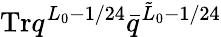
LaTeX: \mathrm{Tr}q^{L_{0}-1/24}\bar{q}^{\tilde{L}_{0}-1/24}